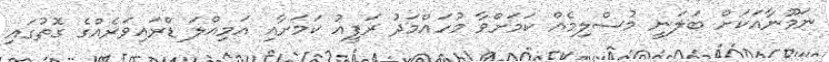
ނަމޫނާއަކަށް ބަލަނީ މުސްލިމެއް ކަމަށްވާ މުހައްމަދު ރަފީއު ކަމަށާއި އަމިއްލަ ޑްރައިވަރެއްގެ ގޮތުގައި